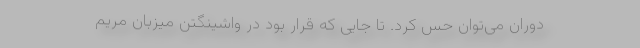
دوران می‌توان حس کرد. تا جایی که قرار بود در واشینگتن میزبان مریم